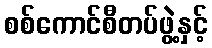
စစ်ကောင်စီတပ်ဖွဲ့နှင့်